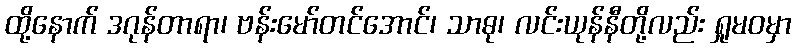
ထို့နောက် ဒဂုန်တာရာ၊ ဗန်းမော်တင်အောင်၊ သာဓု၊ လင်းယုန်နီတို့လည်း ရှုမဝမှာ